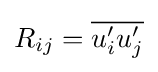
R_{ij}={\overline {u_{i}^{\prime }u_{j}^{\prime }}}